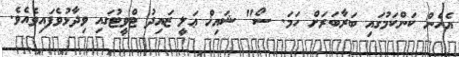
އެހެން ކަންކަމުގައި ބަރާބަރަށް ހަމަ. ސޯ" ޝައިޚް ޢަލީ ޒައިދު ޓްވީޓުގައި ވިދާޅުވެފައިވެއެވެ.